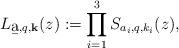
LaTeX: \begin{align*}L_{\b{a},q, \mathbf{k}}(z) := \prod_{i=1}^3S_{a_i,q, k_i}(z),\end{align*}